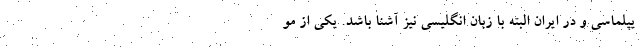
یپلماسی و در ایران البته با زبان انگلیسی نیز آشنا باشد. یکی از مو